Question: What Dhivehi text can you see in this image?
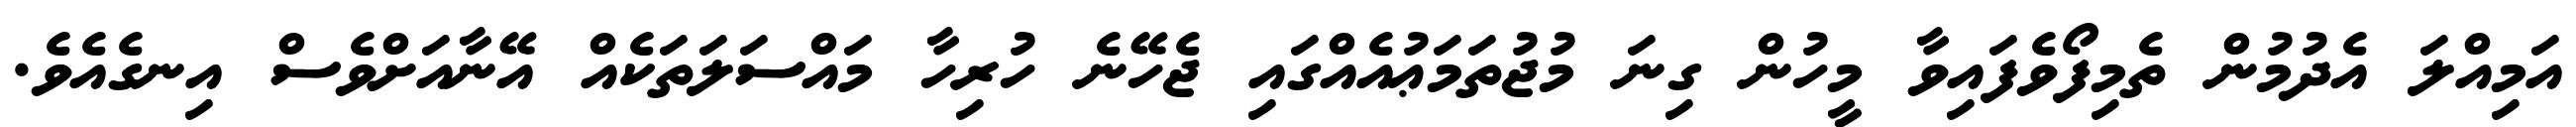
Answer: އަމިއްލަ އެދުމުން ތެމިފޯވެފައިވާ މީހުން ގިނަ މުޖުތަމަޢުއެއްގައި ޖެހޭނެ ހުރިހާ މައްސަލަތަކެއް އޭނާއަށްވެސް އިނގެއެވެ.